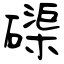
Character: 磲